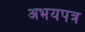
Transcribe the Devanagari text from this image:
अभयपत्र